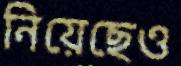
নিয়েছেও